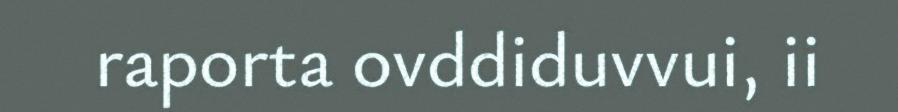
raporta ovddiduvvui, ii